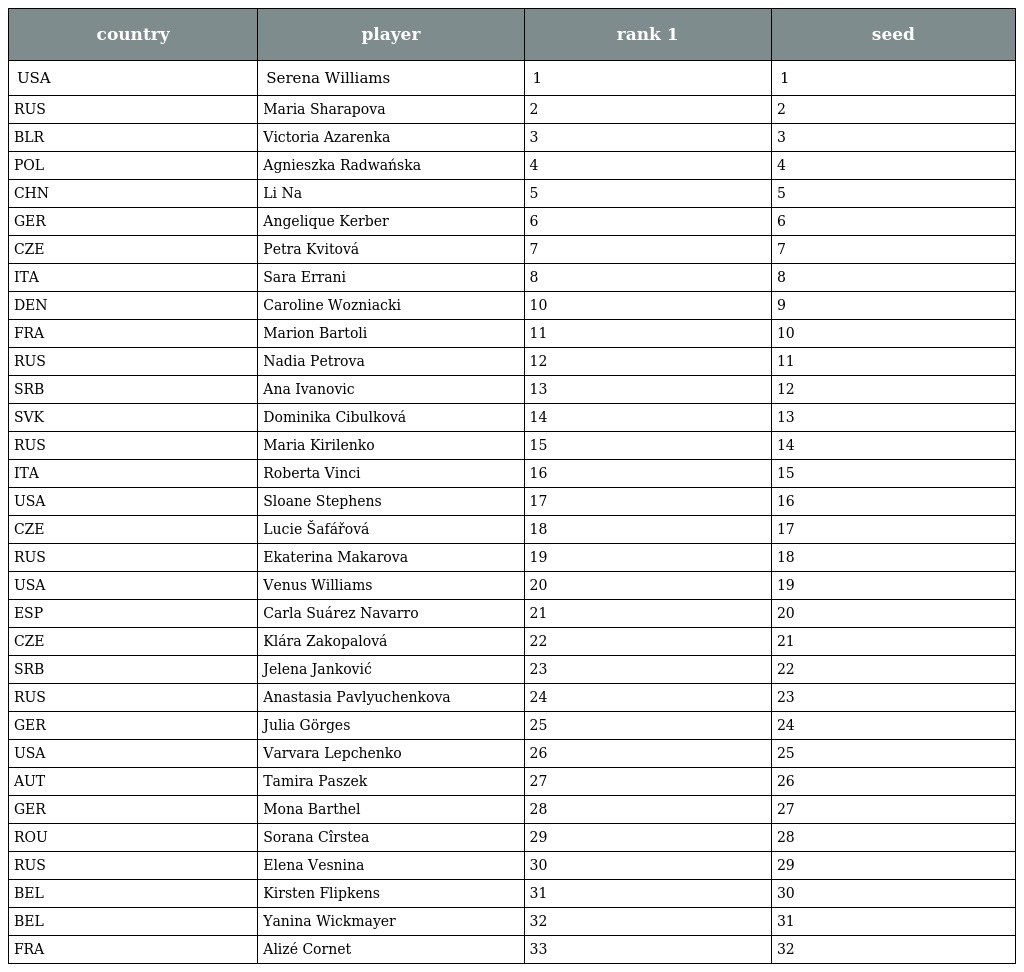
| country | player | rank 1 | seed |
 | --- | --- | --- | --- |
 | USA | Serena Williams | 1 | 1 |
 | RUS | Maria Sharapova | 2 | 2 |
 | BLR | Victoria Azarenka | 3 | 3 |
 | POL | Agnieszka Radwańska | 4 | 4 |
 | CHN | Li Na | 5 | 5 |
 | GER | Angelique Kerber | 6 | 6 |
 | CZE | Petra Kvitová | 7 | 7 |
 | ITA | Sara Errani | 8 | 8 |
 | DEN | Caroline Wozniacki | 10 | 9 |
 | FRA | Marion Bartoli | 11 | 10 |
 | RUS | Nadia Petrova | 12 | 11 |
 | SRB | Ana Ivanovic | 13 | 12 |
 | SVK | Dominika Cibulková | 14 | 13 |
 | RUS | Maria Kirilenko | 15 | 14 |
 | ITA | Roberta Vinci | 16 | 15 |
 | USA | Sloane Stephens | 17 | 16 |
 | CZE | Lucie Šafářová | 18 | 17 |
 | RUS | Ekaterina Makarova | 19 | 18 |
 | USA | Venus Williams | 20 | 19 |
 | ESP | Carla Suárez Navarro | 21 | 20 |
 | CZE | Klára Zakopalová | 22 | 21 |
 | SRB | Jelena Janković | 23 | 22 |
 | RUS | Anastasia Pavlyuchenkova | 24 | 23 |
 | GER | Julia Görges | 25 | 24 |
 | USA | Varvara Lepchenko | 26 | 25 |
 | AUT | Tamira Paszek | 27 | 26 |
 | GER | Mona Barthel | 28 | 27 |
 | ROU | Sorana Cîrstea | 29 | 28 |
 | RUS | Elena Vesnina | 30 | 29 |
 | BEL | Kirsten Flipkens | 31 | 30 |
 | BEL | Yanina Wickmayer | 32 | 31 |
 | FRA | Alizé Cornet | 33 | 32 |